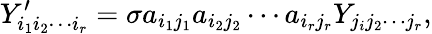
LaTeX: Y_{i_{1}i_{2}\cdots i_{r}}^{\prime}=\sigma a_{i_{1}j_{1}}a_{i_{2}j_{2}}\cdots a_{i_{r}j_{r}}Y_{j_{i}j_{2}\cdots j_{r}},